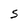
Character: S